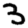
Digit: 3